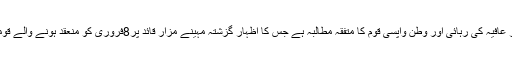
اس موقع پر خطاب کرتے ہوئے کہا کہ ڈاکٹر عافیہ کی رہائی اور وطن واپسی قوم کا متفقہ مطالبہ ہے جس کا اظہار گزشتہ مہینے مزار قائد پر8فروری کو منعقد ہونے والے قومی جرگہ میں ایک مرتبہ پھر کیا جاچکا ہے۔